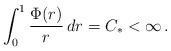
LaTeX: \begin{align*}\int_0^1 \frac{\Phi(r)}{r}\, dr=C_* <\infty\, .\end{align*}